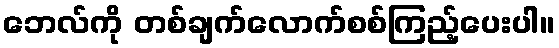
ဘေလ်ကို တစ်ချက်လောက်စစ်ကြည့်ပေးပါ။